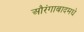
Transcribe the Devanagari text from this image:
औरंगाबादमधे